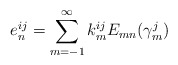
\begin{align*}e_n^{ij}=\sum_{m=-1}^\infty k_m^{ij}E_{mn}(\gamma _m^j)\end{align*}